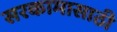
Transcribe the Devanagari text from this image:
सरकामासाठी